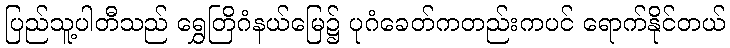
ပြည်သူ့ပါတီသည် ရွှေတြိဂံနယ်မြေ၌ ပုဂံခေတ်ကတည်းကပင် ရောက်နိုင်တယ်